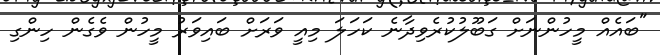
"ބައެއް މީހުންނަށް ގަބޫލުކުރެވިދާނެ ކަހަލަ މިއީ ވަރަށް ބައިވަރު މީހުން ވެގެން ހިންގި